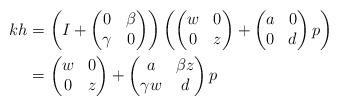
LaTeX: \begin{align*}kh &= \left( I + \begin{pmatrix} 0 & \beta \\ \gamma & 0 \end{pmatrix} \right) \left( \begin{pmatrix} w & 0 \\ 0 & z \end{pmatrix} + \begin{pmatrix} a & 0 \\ 0 & d \end{pmatrix} p \right) \\ &= \begin{pmatrix} w & 0 \\ 0 & z \end{pmatrix} + \begin{pmatrix} a & \beta z \\ \gamma w & d \end{pmatrix} p\end{align*}